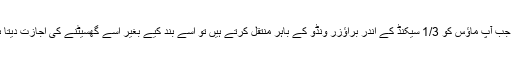
اور جب آپ ماؤس کو 1/3 سیکنڈ کے اندر براؤزر ونڈو کے باہر منتقل کرتے ہیں تو اسے بند کیے بغیر اسے گھسیٹنے کی اجازت دیتا ہے۔